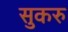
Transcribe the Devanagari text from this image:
सुकरु